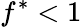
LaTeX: f^{*}<1